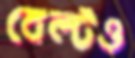
বেল্টও